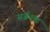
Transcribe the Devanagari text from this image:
सर्जनात